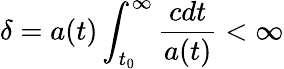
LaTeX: \delta=a(t)\int_{t_{0}}^{\infty}\frac{cdt}{a(t)}<\infty